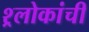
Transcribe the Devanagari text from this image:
श्र्लोकांची